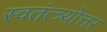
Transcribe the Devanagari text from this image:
स्वतंत्त्र्योत्तर